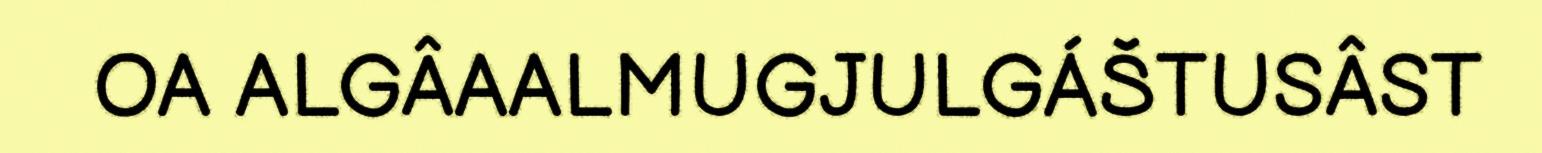
OA ALGÂAALMUGJULGÁŠTUSÂST